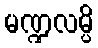
မဏ္ဍလမ္ပိ